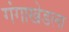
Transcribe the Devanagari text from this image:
गंगाखेडला